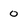
Character: 0